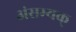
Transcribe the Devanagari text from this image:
अंसम्यक्